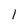
Character: I